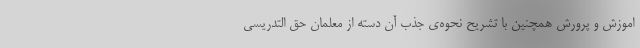
اموزش و پرورش همچنین با تشریح نحوه‌ی جذب آن دسته از معلمان حق التدریسی